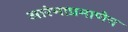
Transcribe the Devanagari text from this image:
आरंभाप्रमाणेच